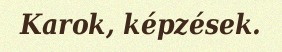
Karok, képzések.